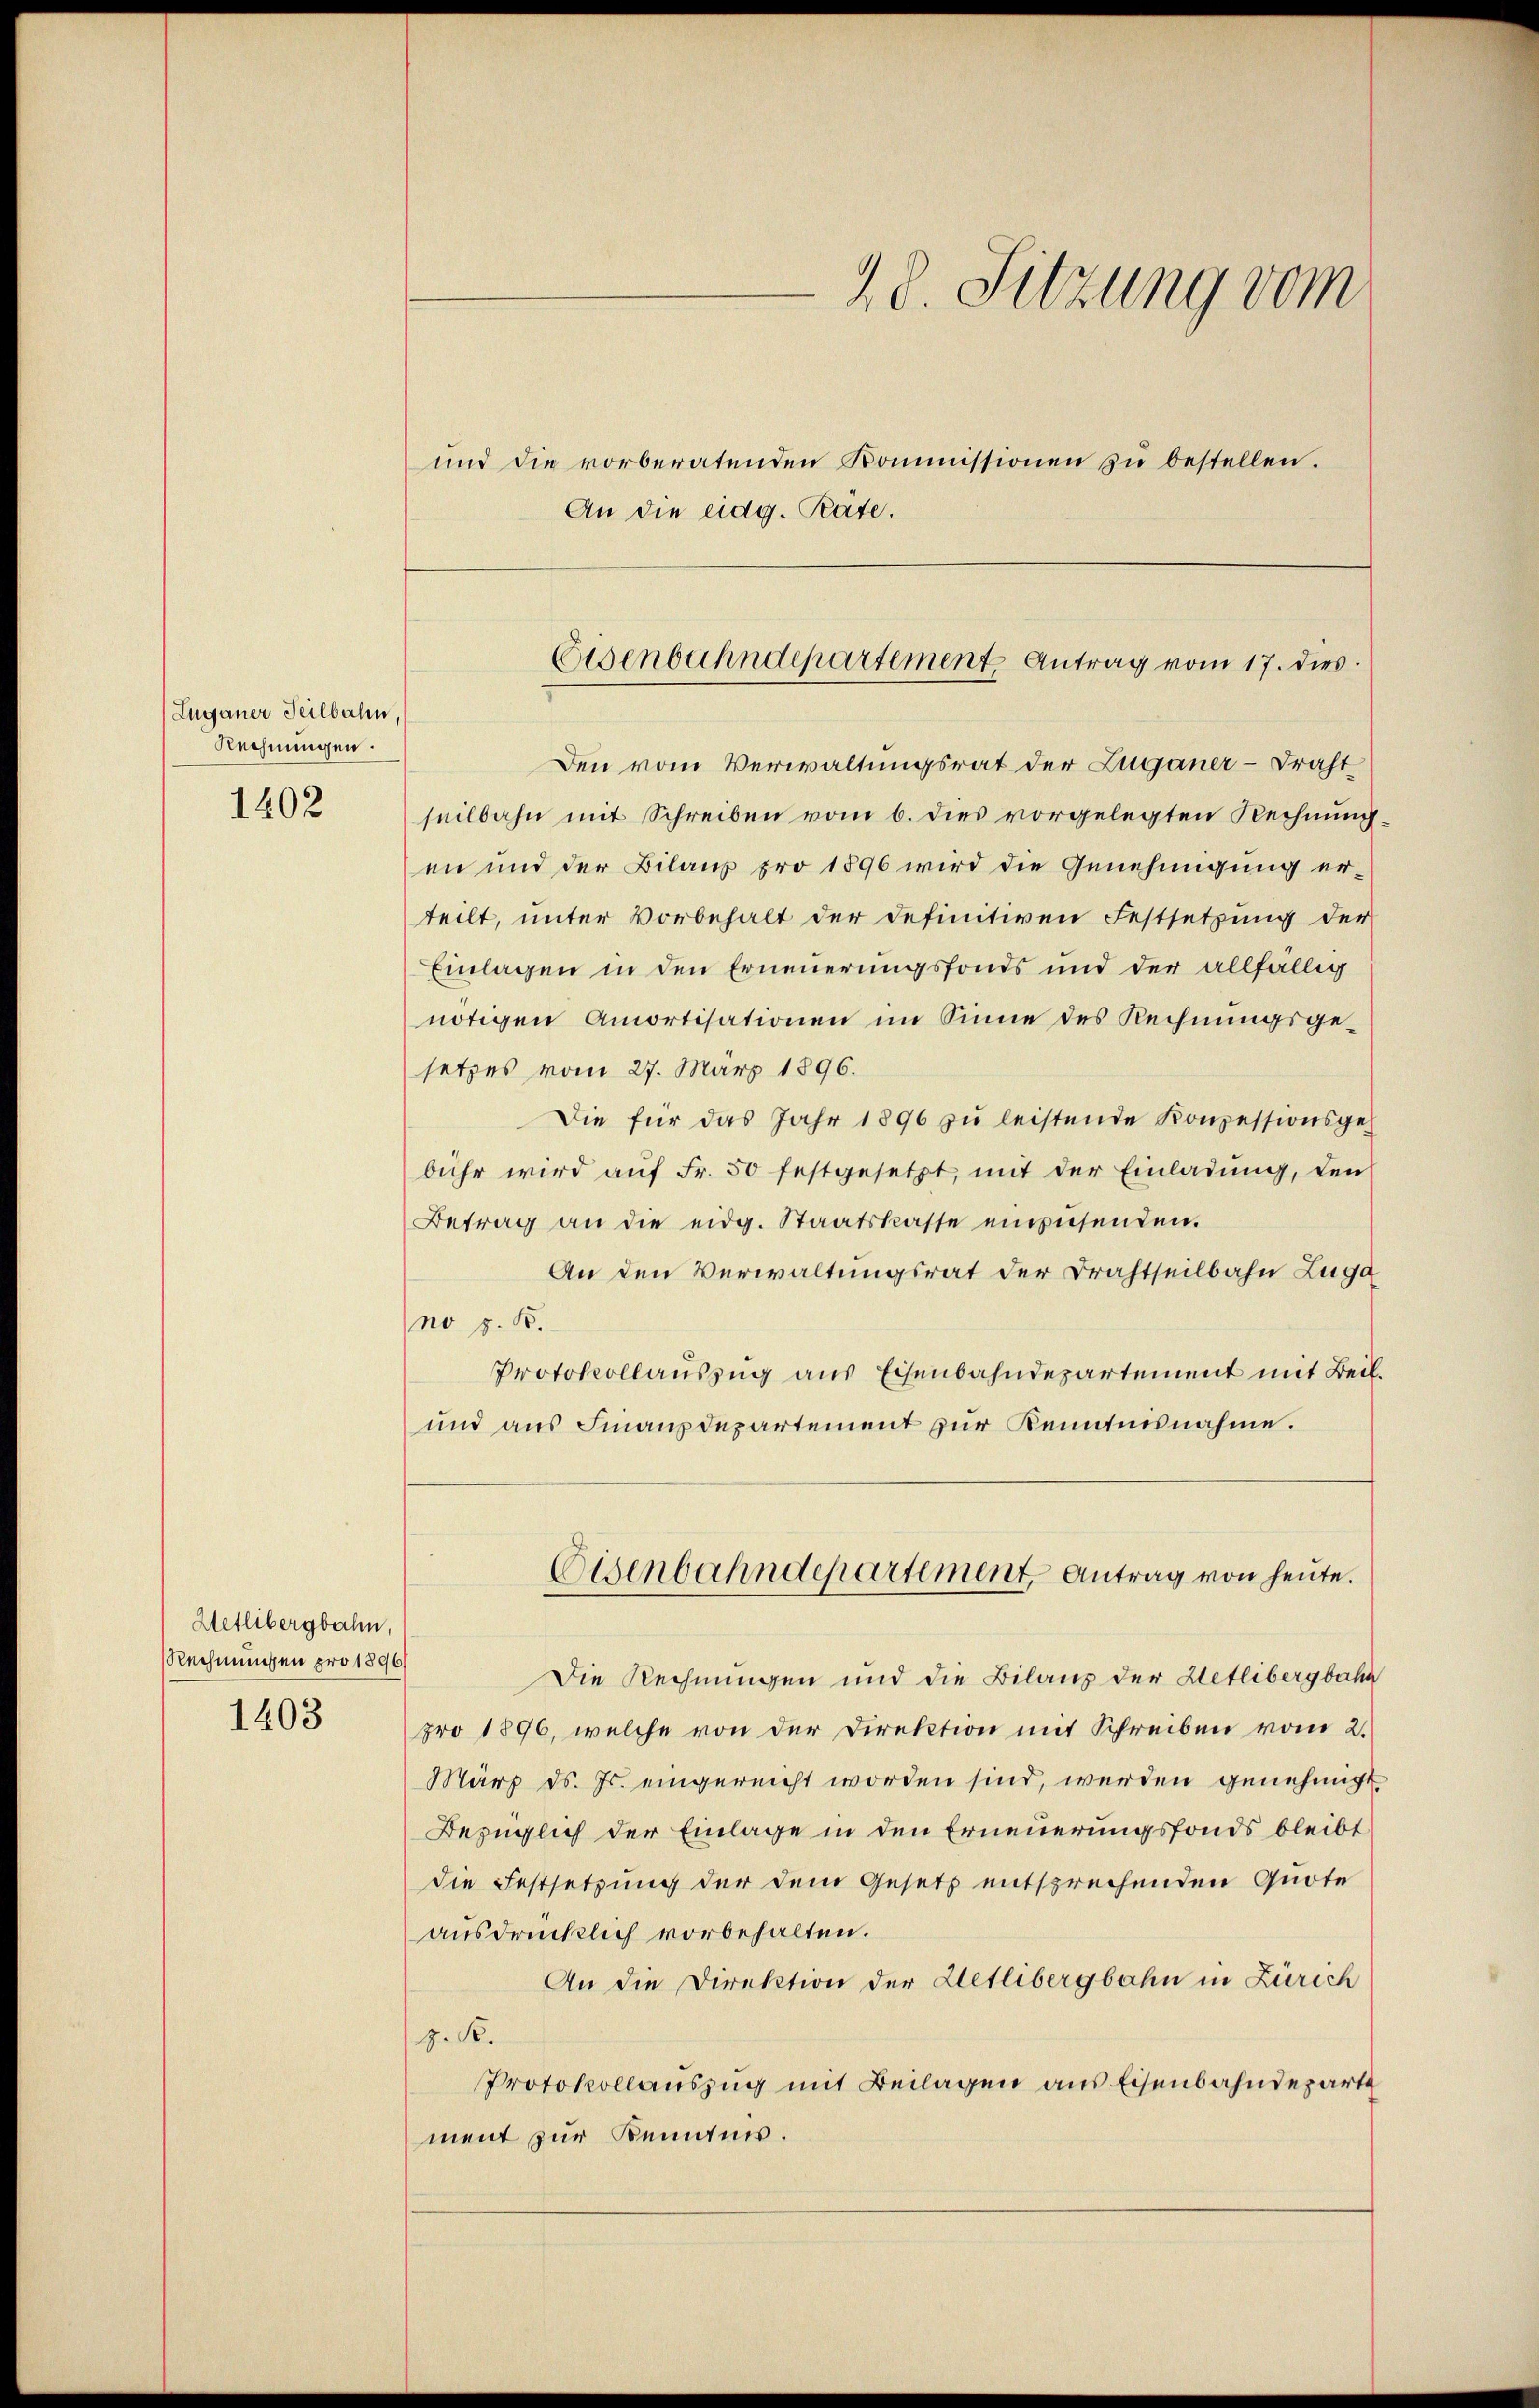
Zuganer Teilbahn,
Rechnungen.
1402

Hetlibergbahn,
Rechnungen pro 1896
1403

An die eidg. Räte.

28. Sitzung vom
und die vorberatenden Kommissionen zŭ bestellen.

Eisenbahndepartement Antrag vom 17. dies

Den vom Verwaltungsrat der Zuganer - Draht
seilbahn mit Schreiben vom 6. dies vorgelegten Rechnung:
en und der Bilanz pro 1896 wird die Genehmigung er-
teilt, unter Vorbehalt der definitiven Festsetzung der
Einlagen in den Erneuerungsfonds und der allfällig
nötigen Amortisationen im Sinne des Rechnŭngsge-
setzes vom 27. März 1896.
Die für das Jahr 1896 zŭ leistende Konzessionsgebühr wird aŭf Fr. 50 festgesetzt, mit der Einladŭng, den
Betrag an die eidg. Staatskasse einzusenden.
An den Verwaltungsrat der Drahtseilbahn Zuga
no z. B.
Protokollauszug aus Eisenbahndepartement mit Beil.
und aus Finanzdepartement zur Kenntnisnahme.
Eisenbahndepartement, Antrag von heute.
Die Rechnungen und die Bilanz der Hetlibergbahn
pro 1896, welche von der Direktion mit Schreiben vom 2.
März d. Js. eingereicht worden sind, werden genehmigt
Bezüglich der Einlage in den Erneuerungsfonds bleibt
die Festsetzung der dem Gesetz entsprechenden Quote
ausdrücklich vorbehalten.
An die Direktion der Letlibergbahn in Zürich
J. K.
Protokollauszug mit Beilagen aus Eisenbahndeparte
ment zur Kenntnis.